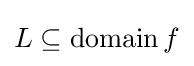
L\subseteq \operatorname {domain} f